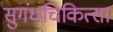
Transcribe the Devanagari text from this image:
सुगंधचिकित्सा